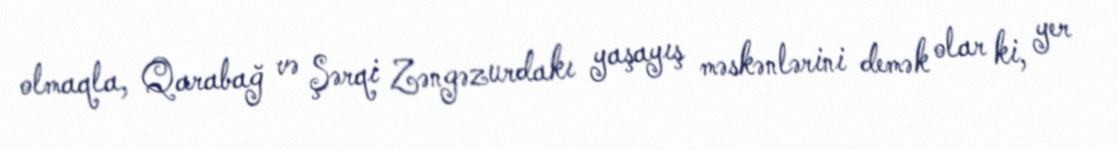
olmaqla, Qarabağ və Şərqi Zəngəzurdakı yaşayış məskənlərini demək olar ki, yer